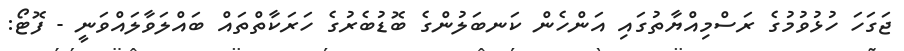
ޖަގަހަ ހުޅުވުމުގެ ރަސްމިއްޔާތުގައި އަންހެން ކަނބަލުންގެ ބޮޑުބެރުގެ ހަރަކާތްތައް ބައްލަވާލައްވަނީ - ފޮޓޯ: